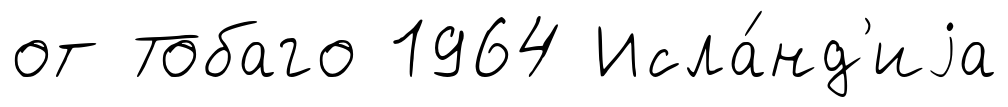
от Тобаго 1964 Исла́нд'иjа